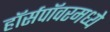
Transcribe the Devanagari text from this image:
हॉर्सपॉवरमध्ये